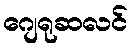
ဂျေရုဆလင်